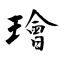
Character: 璯